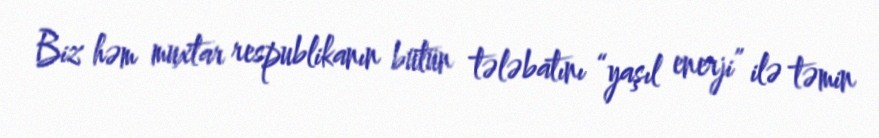
Biz həm muxtar respublikanın bütün tələbatını “yaşıl enerji” ilə təmin